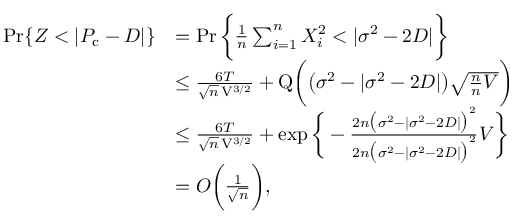
\begin{array} { r l } { \operatorname* { P r } \{ Z < | P _ { \mathrm { c } } - D | \} } & { = \operatorname* { P r } \bigg \{ \frac { 1 } { n } \sum _ { i = 1 } ^ { n } X _ { i } ^ { 2 } < | \sigma ^ { 2 } - 2 D | \bigg \} } \\ & { \leq \frac { 6 T } { \sqrt { n } \, \mathrm { V } ^ { 3 / 2 } } + \mathrm { Q } \bigg ( \big ( \sigma ^ { 2 } - | \sigma ^ { 2 } - 2 D | \big ) \sqrt { \frac { n } { n } { V } } \bigg ) } \\ & { \leq \frac { 6 T } { \sqrt { n } \, \mathrm { V } ^ { 3 / 2 } } + \exp \bigg \{ - \frac { 2 n \big ( \sigma ^ { 2 } - | \sigma ^ { 2 } - 2 D | \big ) ^ { 2 } } { 2 n \big ( \sigma ^ { 2 } - | \sigma ^ { 2 } - 2 D | \big ) ^ { 2 } } { V } \bigg \} } \\ & { = O \bigg ( \frac { 1 } { \sqrt { n } } \bigg ) , } \end{array}